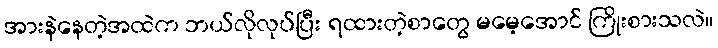
အားနဲနေတဲ့အထဲက ဘယ်လိုလုပ်ပြီး ရထားတဲ့စာတွေ မမေ့အောင် ကြိုးစားသလဲ။